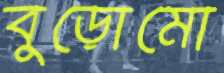
বুড়োমো